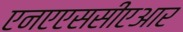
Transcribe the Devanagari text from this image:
एनएएससीएआर